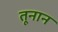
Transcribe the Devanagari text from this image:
तूनान